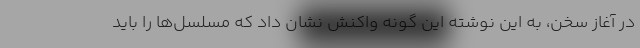
در آغاز سخن، به این نوشته این گونه واکنش نشان داد که مسلسل‌ها را باید